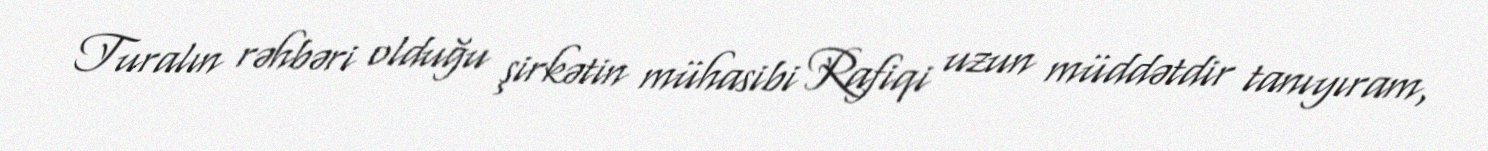
Turalın rəhbəri olduğu şirkətin mühasibi Rafiqi uzun müddətdir tanıyıram,